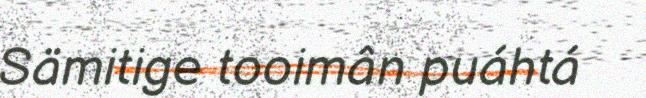
Sämitige tooimân puáhtá